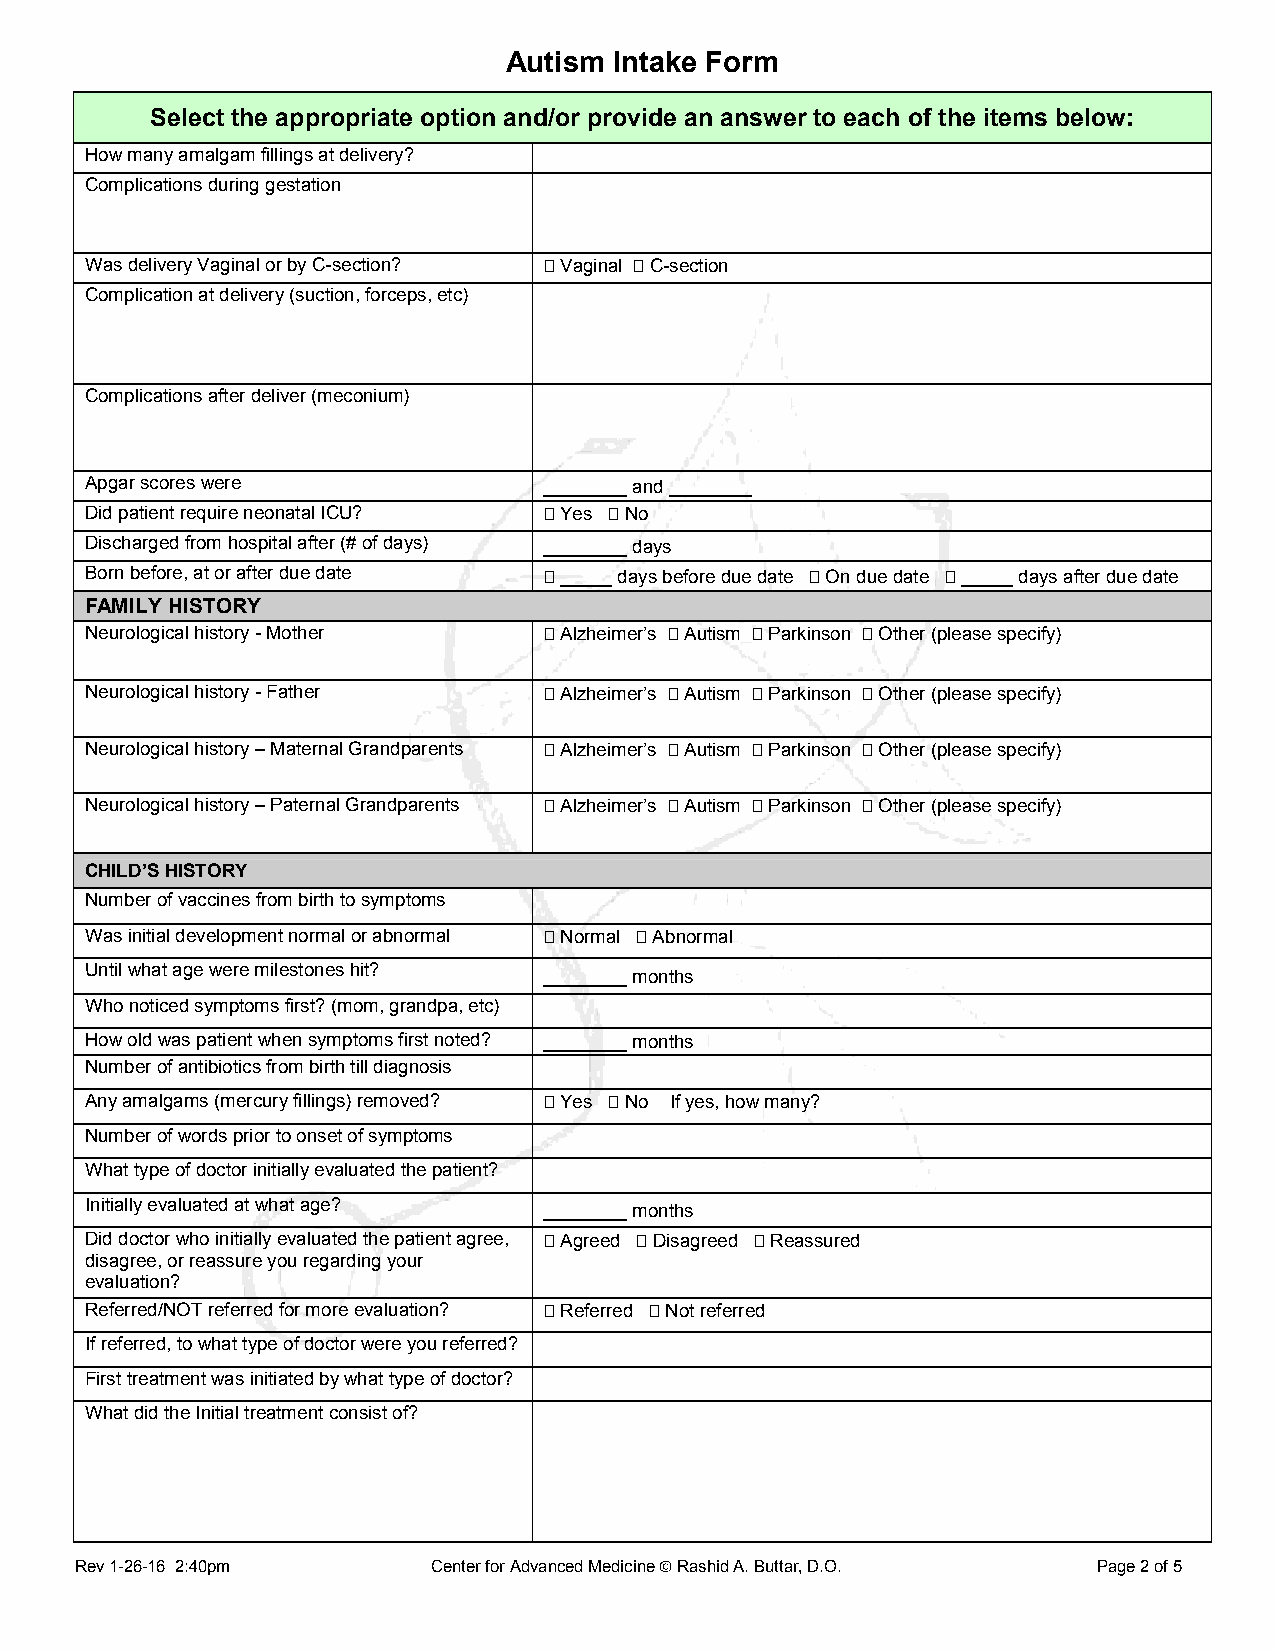
Autism Intake Form
 Select the appropriate option and/or provide an answer to each of the items below:
 How many amalgam fillings at delivery?
 Complications during gestation
 Was delivery Vaginal or by C-section?  Vaginal  C-section
 Complication at delivery (suction, forceps, etc)
 Complications after deliver (meconium)
 Apgar scores were             ________ and ________
 Did patient require neonatal ICU?  Yes  No
 Discharged from hospital after (# of days) ________ days
 Born before, at or after due date  _____ days before due date  On due date  _____ days after due date
 FAMILY HISTORY
 Neurological history - Mother  Alzheimer’s  Autism  Parkinson  Other (please specify)
 Neurological history - Father  Alzheimer’s  Autism  Parkinson  Other (please specify)
 Neurological history – Maternal Grandparents  Alzheimer’s  Autism  Parkinson  Other (please specify)
 Neurological history – Paternal Grandparents  Alzheimer’s  Autism  Parkinson  Other (please specify)
 CHILD’S HISTORY
 Number of vaccines from birth to symptoms
 Was initial development normal or abnormal  Normal  Abnormal
 Until what age were milestones hit?
 ________ months
 Who noticed symptoms first? (mom, grandpa, etc)
 How old was patient when symptoms first noted? ________ months
 Number of antibiotics from birth till diagnosis
 Any amalgams (mercury fillings) removed?  Yes  No If yes, how many?
 Number of words prior to onset of symptoms
 What type of doctor initially evaluated the patient?
 Initially evaluated at what age? ________ months
 Did doctor who initially evaluated the patient agree,  Agreed  Disagreed  Reassured
 disagree, or reassure you regarding your
 evaluation?
 Referred/NOT referred for more evaluation?  Referred  Not referred
 If referred, to what type of doctor were you referred?
 First treatment was initiated by what type of doctor?
 What did the Initial treatment consist of?
 Rev 1-26-16 2:40pm      Center for Advanced Medicine  Rashid A. Buttar, D.O. Page 2 of 5